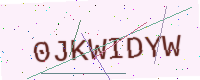
Text: 0JKWIDYW